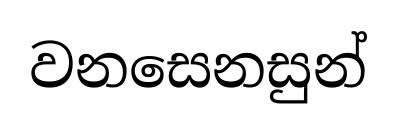
වනසෙනසුන්